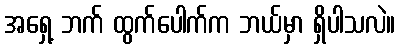
အရှေ့ ဘက် ထွက်ပေါက်က ဘယ်မှာ ရှိပါသလဲ။